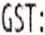
GST: